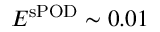
E ^ { \mathrm { s P O D } } \sim 0 . 0 1